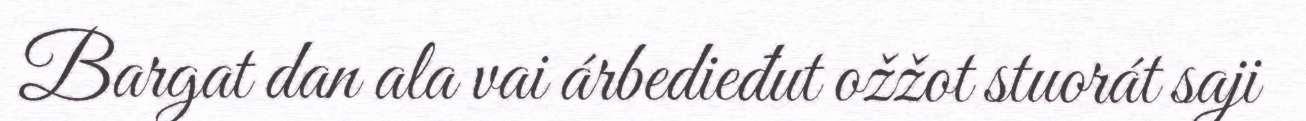
Bargat dan ala vai árbedieđut ožžot stuorát saji